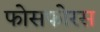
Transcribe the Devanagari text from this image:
फोसफोरस